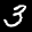
Label: 3